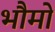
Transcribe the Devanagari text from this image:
भौमो